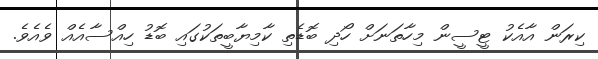
ކިރަން އާއެކު ޓީސީން މިހާތަނަށް ހޯދި ބޮޑެތި ކާމިޔާބީތަކުގައި ބޮޑު ހިއްސާއެއް ވެއެވެ.